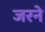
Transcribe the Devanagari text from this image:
जरने